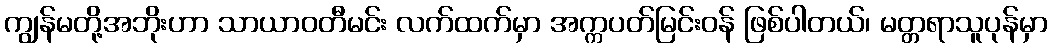
ကျွန်မတို့အဘိုးဟာ သာယာဝတီမင်း လက်ထက်မှာ အက္ကပတ်မြင်းဝန် ဖြစ်ပါတယ်၊ မတ္တရာသူပုန်မှာ